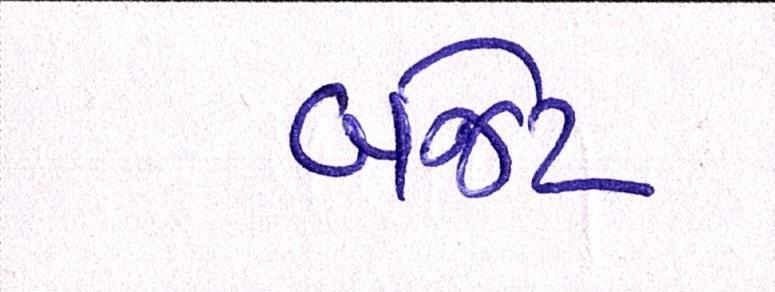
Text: બજેટ